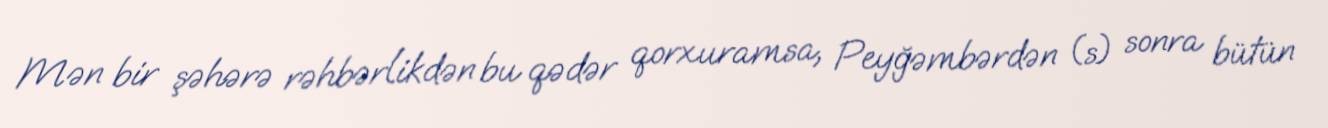
Mən bir şəhərə rəhbərlikdən bu qədər qorxuramsa, Peyğəmbərdən (s) sonra bütün